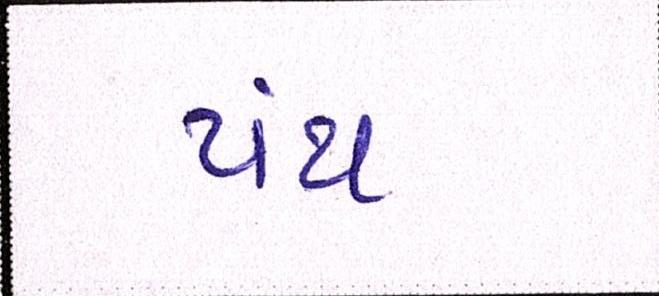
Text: પંથ